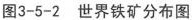
图3-5-2世界铁矿分布图